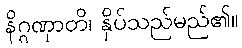
နိဂ္ဂဏှာတိ၊ နှိပ်သည်မည်၏။